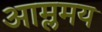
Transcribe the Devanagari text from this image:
आम्लमय